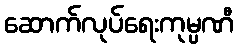
ဆောက်လုပ်ရေးကုမ္ပဏီ